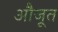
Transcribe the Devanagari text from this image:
औजूत